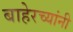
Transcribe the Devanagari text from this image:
बाहेरच्यांनी